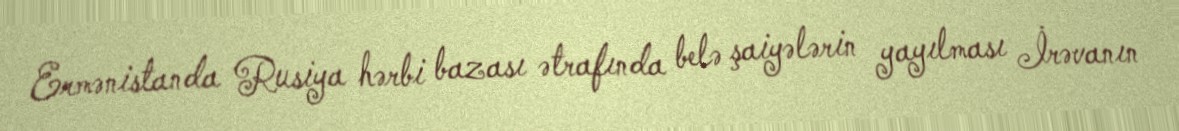
Ermənistanda Rusiya hərbi bazası ətrafında belə şaiyələrin yayılması İrəvanın